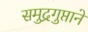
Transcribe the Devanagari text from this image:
समुद्रगुप्ताने